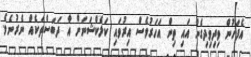
އެފަހުން ވިދިވިދިގެން އައި ތިން އަހަރުވެސް އިރުވައި ކަލެކްޝަނަށް އާ ދަބަސްތަކެއް ނެރުނެވެ.